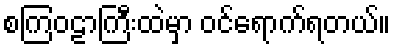
စကြဝဠာကြီးထဲမှာ ဝင်ရောက်ရတယ်။